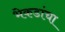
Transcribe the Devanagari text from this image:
भेकडांचा